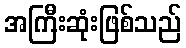
အကြီးဆုံးဖြစ်သည်